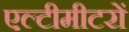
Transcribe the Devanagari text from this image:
एल्टीमीटरों